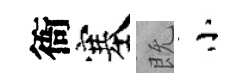
衙塞既小